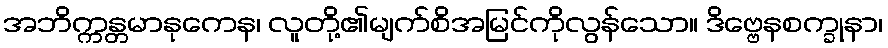
အဘိက္ကန္တမာနုကေန၊ လူတို့၏မျက်စိအမြင်ကိုလွန်သော။ ဒိဗ္ဗေနစက္ခုနာ၊